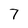
Character: 7